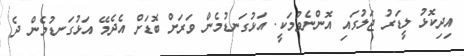
އިދިކޮޅު ލީޑަރު ޖަލުގައި އޮންނެވުމަކީ. އަޅުގަނޑުމެން ވަރަށް ބޮޑަށް އެދެމޭ އަޅުގަނޑުމެން ދެ